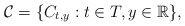
\begin{align*}\mathcal{C}=\{C_{t,y}: t \in T, y \in \mathbb{R}\},\end{align*}